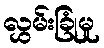
လွှမ်းခြုံမှု